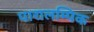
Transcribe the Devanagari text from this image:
पारालम्पिक